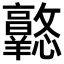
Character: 𢥦